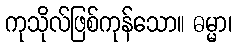
ကုသိုလ်ဖြစ်ကုန်သော။ ဓမ္မာ၊